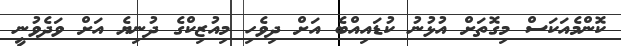
ކޮންމެއަކަސް މިގޮތަށް އުޅުނު ކުޑައިއްބެ އަށް ދިވެހި މިއުޒިކްގެ ދުނިޔެ އަށް ވަދެވުނީ